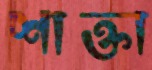
শাক্তা